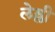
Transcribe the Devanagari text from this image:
लेम्ली